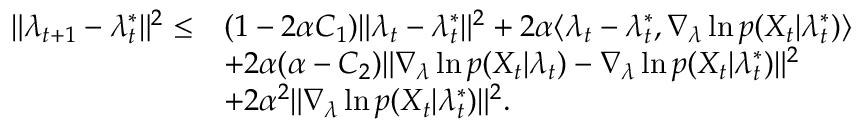
\begin{array} { r l } { \| \lambda _ { t + 1 } - \lambda _ { t } ^ { * } \| ^ { 2 } \leq } & { ( 1 - 2 \alpha C _ { 1 } ) \| \lambda _ { t } - \lambda _ { t } ^ { * } \| ^ { 2 } + 2 \alpha \langle \lambda _ { t } - \lambda _ { t } ^ { * } , \nabla _ { \lambda } \ln p ( X _ { t } | \lambda _ { t } ^ { * } ) \rangle } \\ & { + 2 \alpha ( \alpha - C _ { 2 } ) \| \nabla _ { \lambda } \ln p ( X _ { t } | \lambda _ { t } ) - \nabla _ { \lambda } \ln p ( X _ { t } | \lambda _ { t } ^ { * } ) \| ^ { 2 } } \\ & { + 2 \alpha ^ { 2 } \| \nabla _ { \lambda } \ln p ( X _ { t } | \lambda _ { t } ^ { * } ) \| ^ { 2 } . } \end{array}